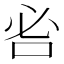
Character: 𠰣